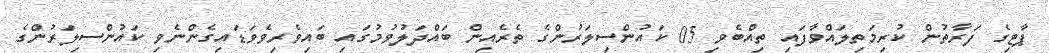
ޕާޓިގެ ފަރާތުން ކުރިމަތިލައްވާފައި ތިއްބެވި 05 ކައުންސިލަރުންގެ ތެރެއިން ބައްދަލުވުމުގައި ބައިވެރިވެވަޑައިގެންނެވި ކައުންސިލަރުންގެ